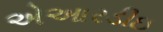
એઆરડીઇ